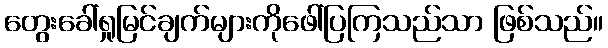
တွေးခေါ်ရှုမြင်ချက်များကိုဖေါ်ပြကြသည်သာ ဖြစ်သည်။